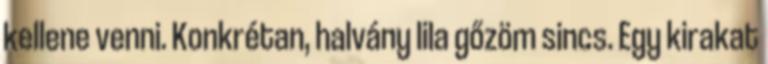
kellene venni. Konkrétan, halvány lila gőzöm sincs. Egy kirakat